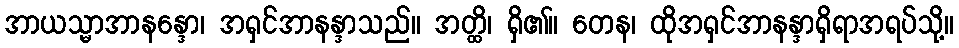
အာယသ္မာအာနန္ဒော၊ အရှင်အာနန္ဒာသည်။ အတ္ထိ၊ ရှိ၏။ တေန၊ ထိုအရှင်အာနန္ဒာရှိရာအရပ်သို့။